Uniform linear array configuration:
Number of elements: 32
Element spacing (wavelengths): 1
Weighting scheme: binomial
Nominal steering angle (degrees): -45
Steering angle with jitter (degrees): -45.391
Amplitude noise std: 0.05
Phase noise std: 0.05

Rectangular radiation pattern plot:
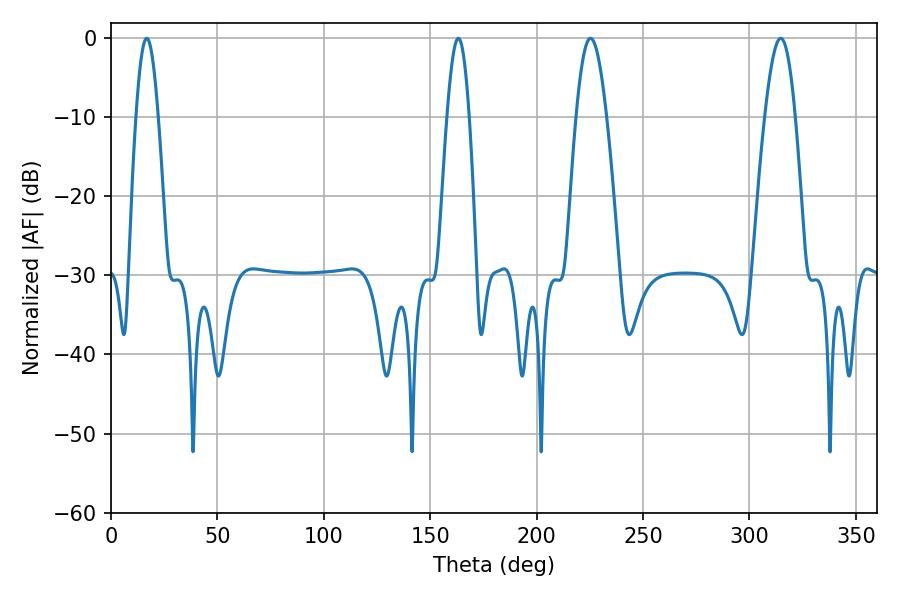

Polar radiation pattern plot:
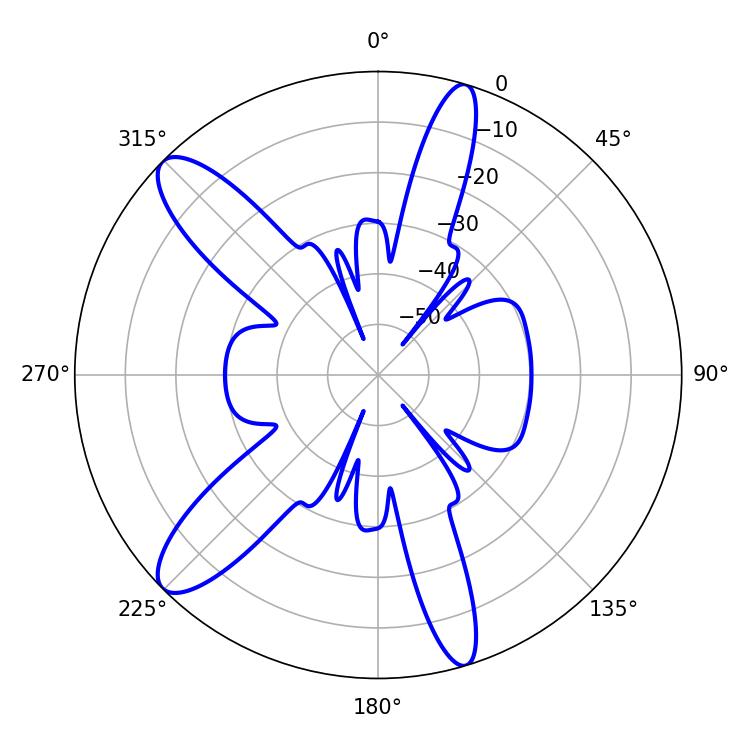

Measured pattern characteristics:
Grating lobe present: TRUE
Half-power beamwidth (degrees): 7.74
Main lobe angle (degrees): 225.36